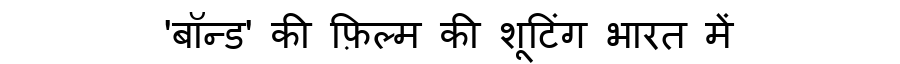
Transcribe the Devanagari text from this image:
'बॉन्ड' की फ़िल्म की शूटिंग भारत में